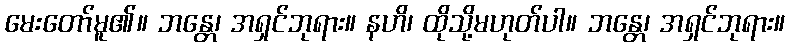
မေးတော်မူ၏။ ဘန္တေ၊ အရှင်ဘုရား။ နဟိ၊ ထိုသို့မဟုတ်ပါ။ ဘန္တေ၊ အရှင်ဘုရား။